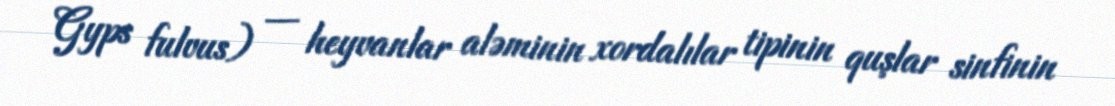
Gyps fulvus) — heyvanlar aləminin xordalılar tipinin quşlar sinfinin